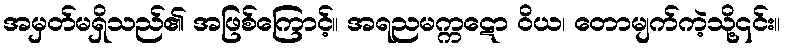
အမှတ်မရှိသည်၏ အဖြစ်ကြောင့်။ အရညမက္ကဋော ဝိယ၊ တောမျက်ကဲ့သို့၎င်း။